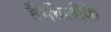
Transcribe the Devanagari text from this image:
है।चिलीके